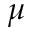
\mu